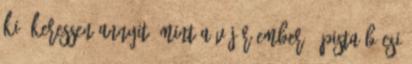
ki, keressen annyit, mint a vájár ember.” PISTA BÁCSI